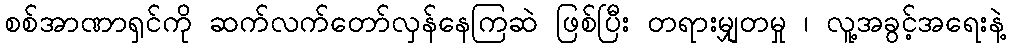
စစ်အာဏာရှင်ကို ဆက်လက်တော်လှန်နေကြဆဲ ဖြစ်ပြီး တရားမျှတမှု ၊ လူ့အခွင့်အရေးနဲ့